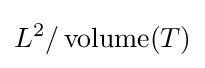
L^{2}/\operatorname {volume} (T)